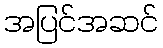
အပြင်အဆင်